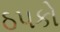
ઠ૫કો